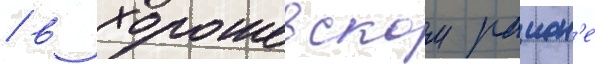
/ в хорошевском раион'е